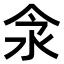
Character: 𣲎